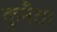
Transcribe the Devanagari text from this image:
कुनैठा